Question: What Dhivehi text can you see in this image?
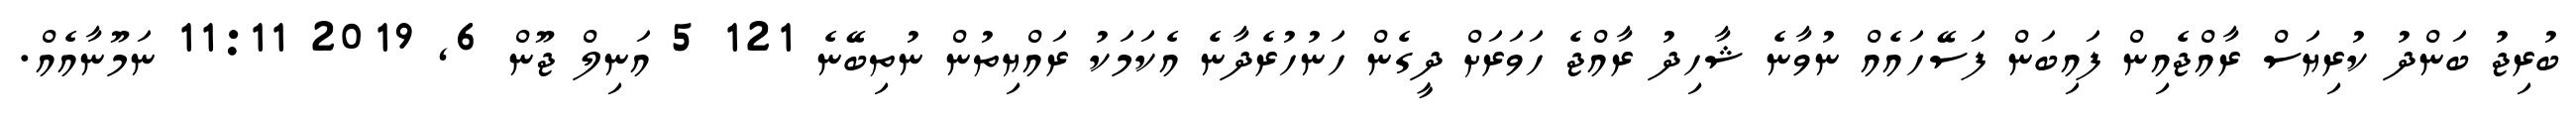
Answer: ބުރިޖު ބަންދު ކުރިޔަސް ރާއްޖެއިން ފައިބަން ފަސޭހައެއް ނުވާނެ ޝާހިދު ރާއްޖެ ހަވަރަށް ދީގެން ހަނުހުރެދާނެ އެކަމަކު ރައްޔިތުން ނުތިބޭނެ 121 5 އަނިލް ޖޫން 6, 2019 11:11 ނަމޫނާއެއް.